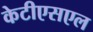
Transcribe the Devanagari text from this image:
केटीएसएल